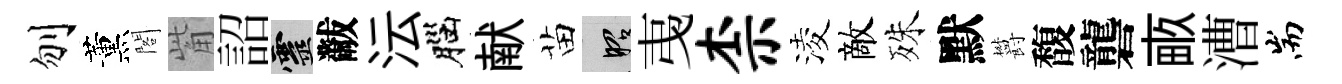
刎薰閣觜詔靈黻沄腦献苗昭𢎯柰淩敵殊默欝馥礱畞漕耑